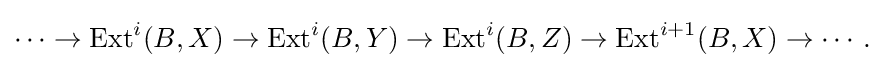
\cdots \to \operatorname {Ext} ^{i}(B,X)\to \operatorname {Ext} ^{i}(B,Y)\to \operatorname {Ext} ^{i}(B,Z)\to \operatorname {Ext} ^{i+1}(B,X)\to \cdots .\